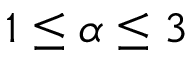
1 \leq \alpha \leq 3